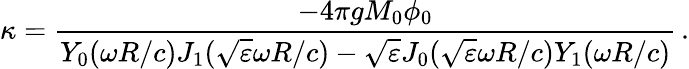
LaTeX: \kappa=\frac{-4\pi gM_{0}\phi_{0}}{Y_{0}(\omega R/c)J_{1}(\sqrt{\varepsilon}\omega R/c)-\sqrt{\varepsilon}J_{0}(\sqrt{\varepsilon}\omega R/c)Y_{1}(\omega R/c)}\, .